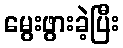
မွေးဖွားခဲ့ပြီး